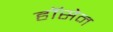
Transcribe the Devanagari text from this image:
हॉसेन